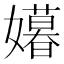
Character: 𫲍